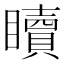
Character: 𥌚